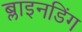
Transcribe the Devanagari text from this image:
ब्लाइनडिंग